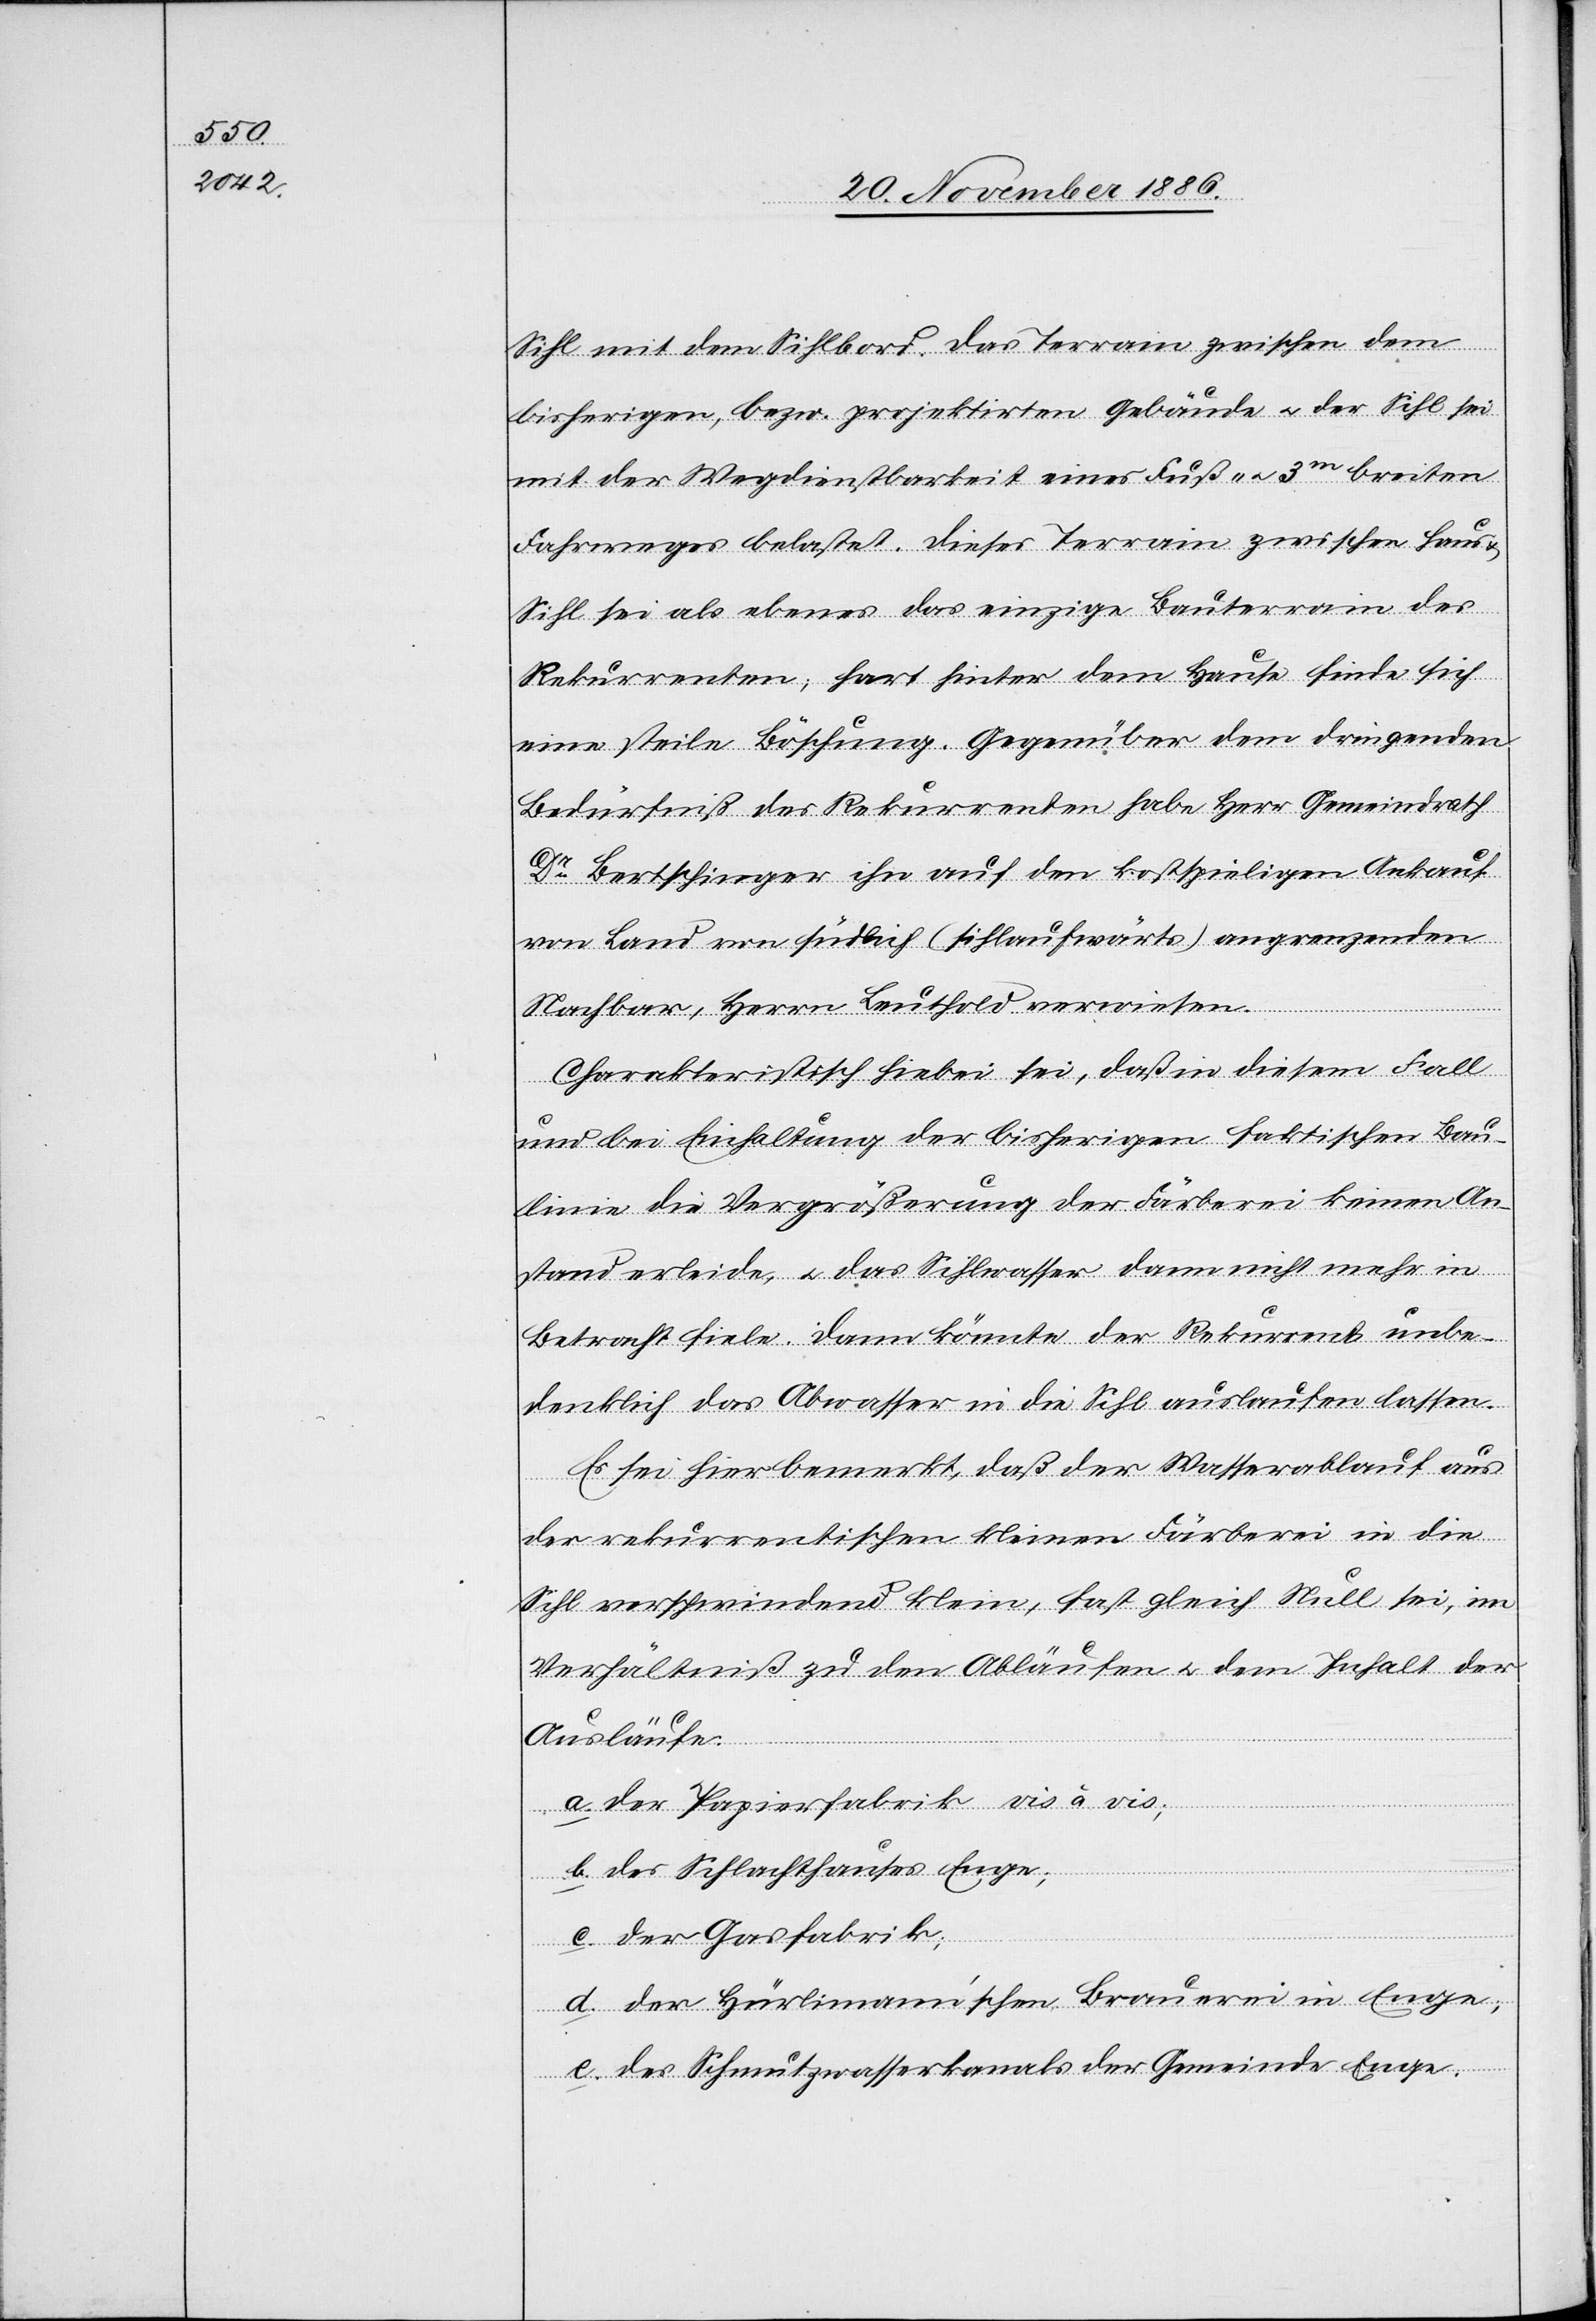
Sihl mit dem Sihlbord. Das Terrain zwischen dem
bisherigen, bezw. projektirten Gebäude & der Sihl sei
mit der Wegdienstbarkeit eines Fuß- & 3m breiten
Fahrweges belastet. Dieses Terrain zwischen Haus
Sihl sei als ebenes das einzige Bauterrain des
Rekurrenten; hart hinter dem Hause finde sich
eine steile Böschung. Gegenüber dem dringenden
Bedürfniß des Rekurrenten habe Herr Gemeindrath
Dr Bertschinger ihn auf den kostspieligen Ankauf
von Land von südlich (sihlaufwärts) angrenzenden
Nachbar [sic!], Herrn Leuthold verwiesen.
Charakteristisch hiebei sei, daß in diesem Fall
und bei Einhaltung der bisherigen faktischen Bau¬
linie die Vergrößerung der Färberei keinen An¬
stand erleide, & das Sihlwasser dann nicht mehr in
Betracht fiele. Dann könnte der Rekurrent unbe¬
denklich das Abwasser in die Sihl auslaufen lassen.
Es sei hier bemerkt, daß der Wasserablauf aus
der rekurrentischen kleinen Färberei in die
Sihl verschwindend klein, fast gleich Null sei, im
Verhältniß zu den Abläufen & dem Inhalt der
Ausläufe:
a. der Papierfabrik vis à vis;
b. des Schlachthauses Enge;
c. der Gasfabrik;
d. der Hürlimann’schen Brauerei in Enge;
e. des Schmutzwasserkanals der Gemeinde Enge.